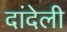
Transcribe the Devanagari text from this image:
दांदेली